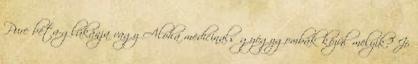
Pure béta-glükánja vagy Aloha medicinals gyógygombák közül melyik? Jó